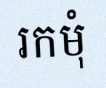
រកមុំ